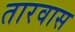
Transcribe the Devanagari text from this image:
तारवास